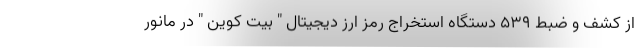
از کشف و ضبط ۵۳۹ دستگاه استخراج رمز ارز دیجیتال " بیت کوین " در مانور